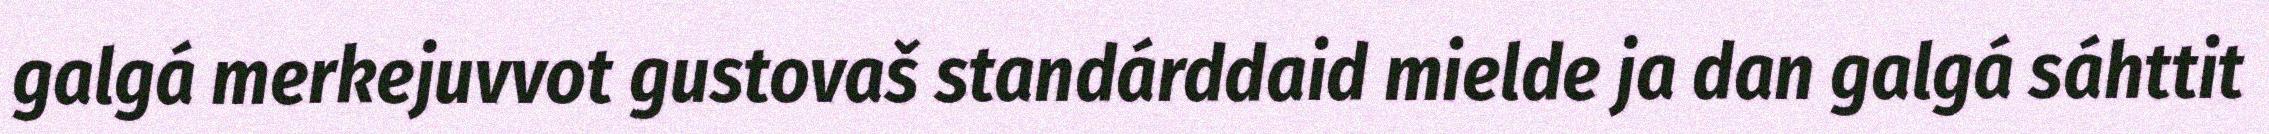
galgá merkejuvvot gustovaš standárddaid mielde ja dan galgá sáhttit